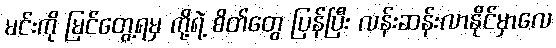
မင်းကို မြင်တွေ့ရမှ ကို့ရဲ့ စိတ်တွေ ပြန်ပြီး လန်းဆန်းလာနိုင်မှာလေ